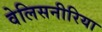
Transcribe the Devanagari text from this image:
वेलिसनीरिया